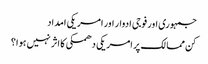
جمہوری اور فوجی ادوار اور امریکی امداد
کن ممالک پر امریکی دھمکی کا اثر نہیں ہوا؟